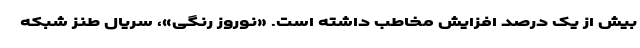
بیش از یک درصد افزایش مخاطب داشته است. «نوروز رنگی»، سریال طنز شبکه